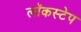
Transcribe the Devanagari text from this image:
लॉकस्टेप